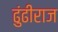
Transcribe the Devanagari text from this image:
ढुंढीराज